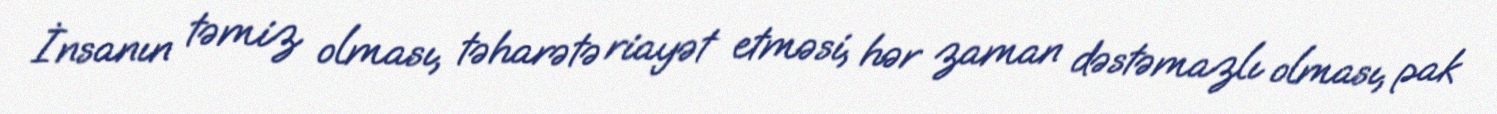
İnsanın təmiz olması, təharətə riayət etməsi, hər zaman dəstəmazlı olması, pak